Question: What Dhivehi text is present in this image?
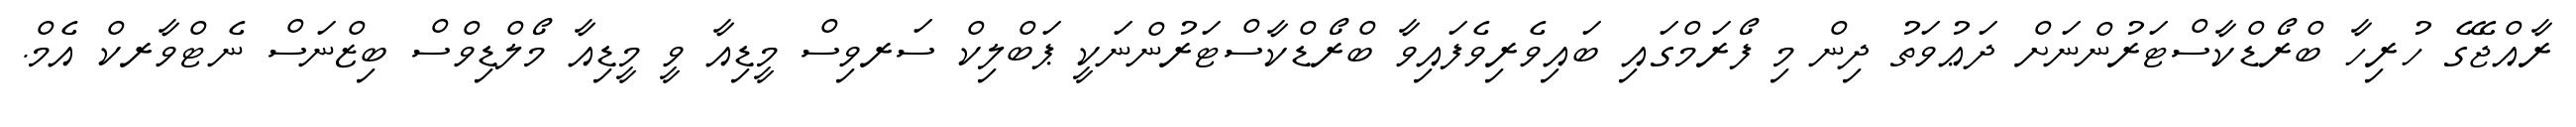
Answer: ރާއްޖޭގެ ހުރިހާ ބްރޯޑްކާސްޓަރުންނަށް ދަޢުވަތު ދިން މި ފޯރަމްގައި ބައިވެރިވެފައިވާ ބްރޯޑްކާސްޓަރުންނަކީ ޕަބްލިކް ސަރވިސް މީޑިއާ ވީ މީޑިއާ މޯލްޑިވްސް ބިޒްނަސް ނެޓްވާރކް އެމް.